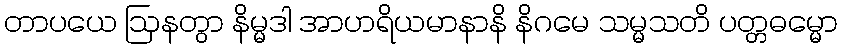
တာပယေ ဩနတွာ နိမ္မဒါ အာဟရိယမာနာနိ နိဂမေ သမ္မသတိ ပတ္တဓမ္မော